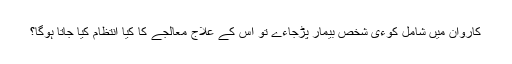
کاروان میں شامل کوءی شخص بیمار پڑجاءے تو اس کے علاج معالجے کا کیا انتظام کیا جاتا ہوگا؟